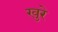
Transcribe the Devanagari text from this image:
खुरे